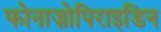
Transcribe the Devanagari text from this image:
फोनाज़ोपिराइडिन